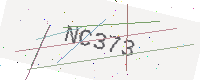
Text: NC373